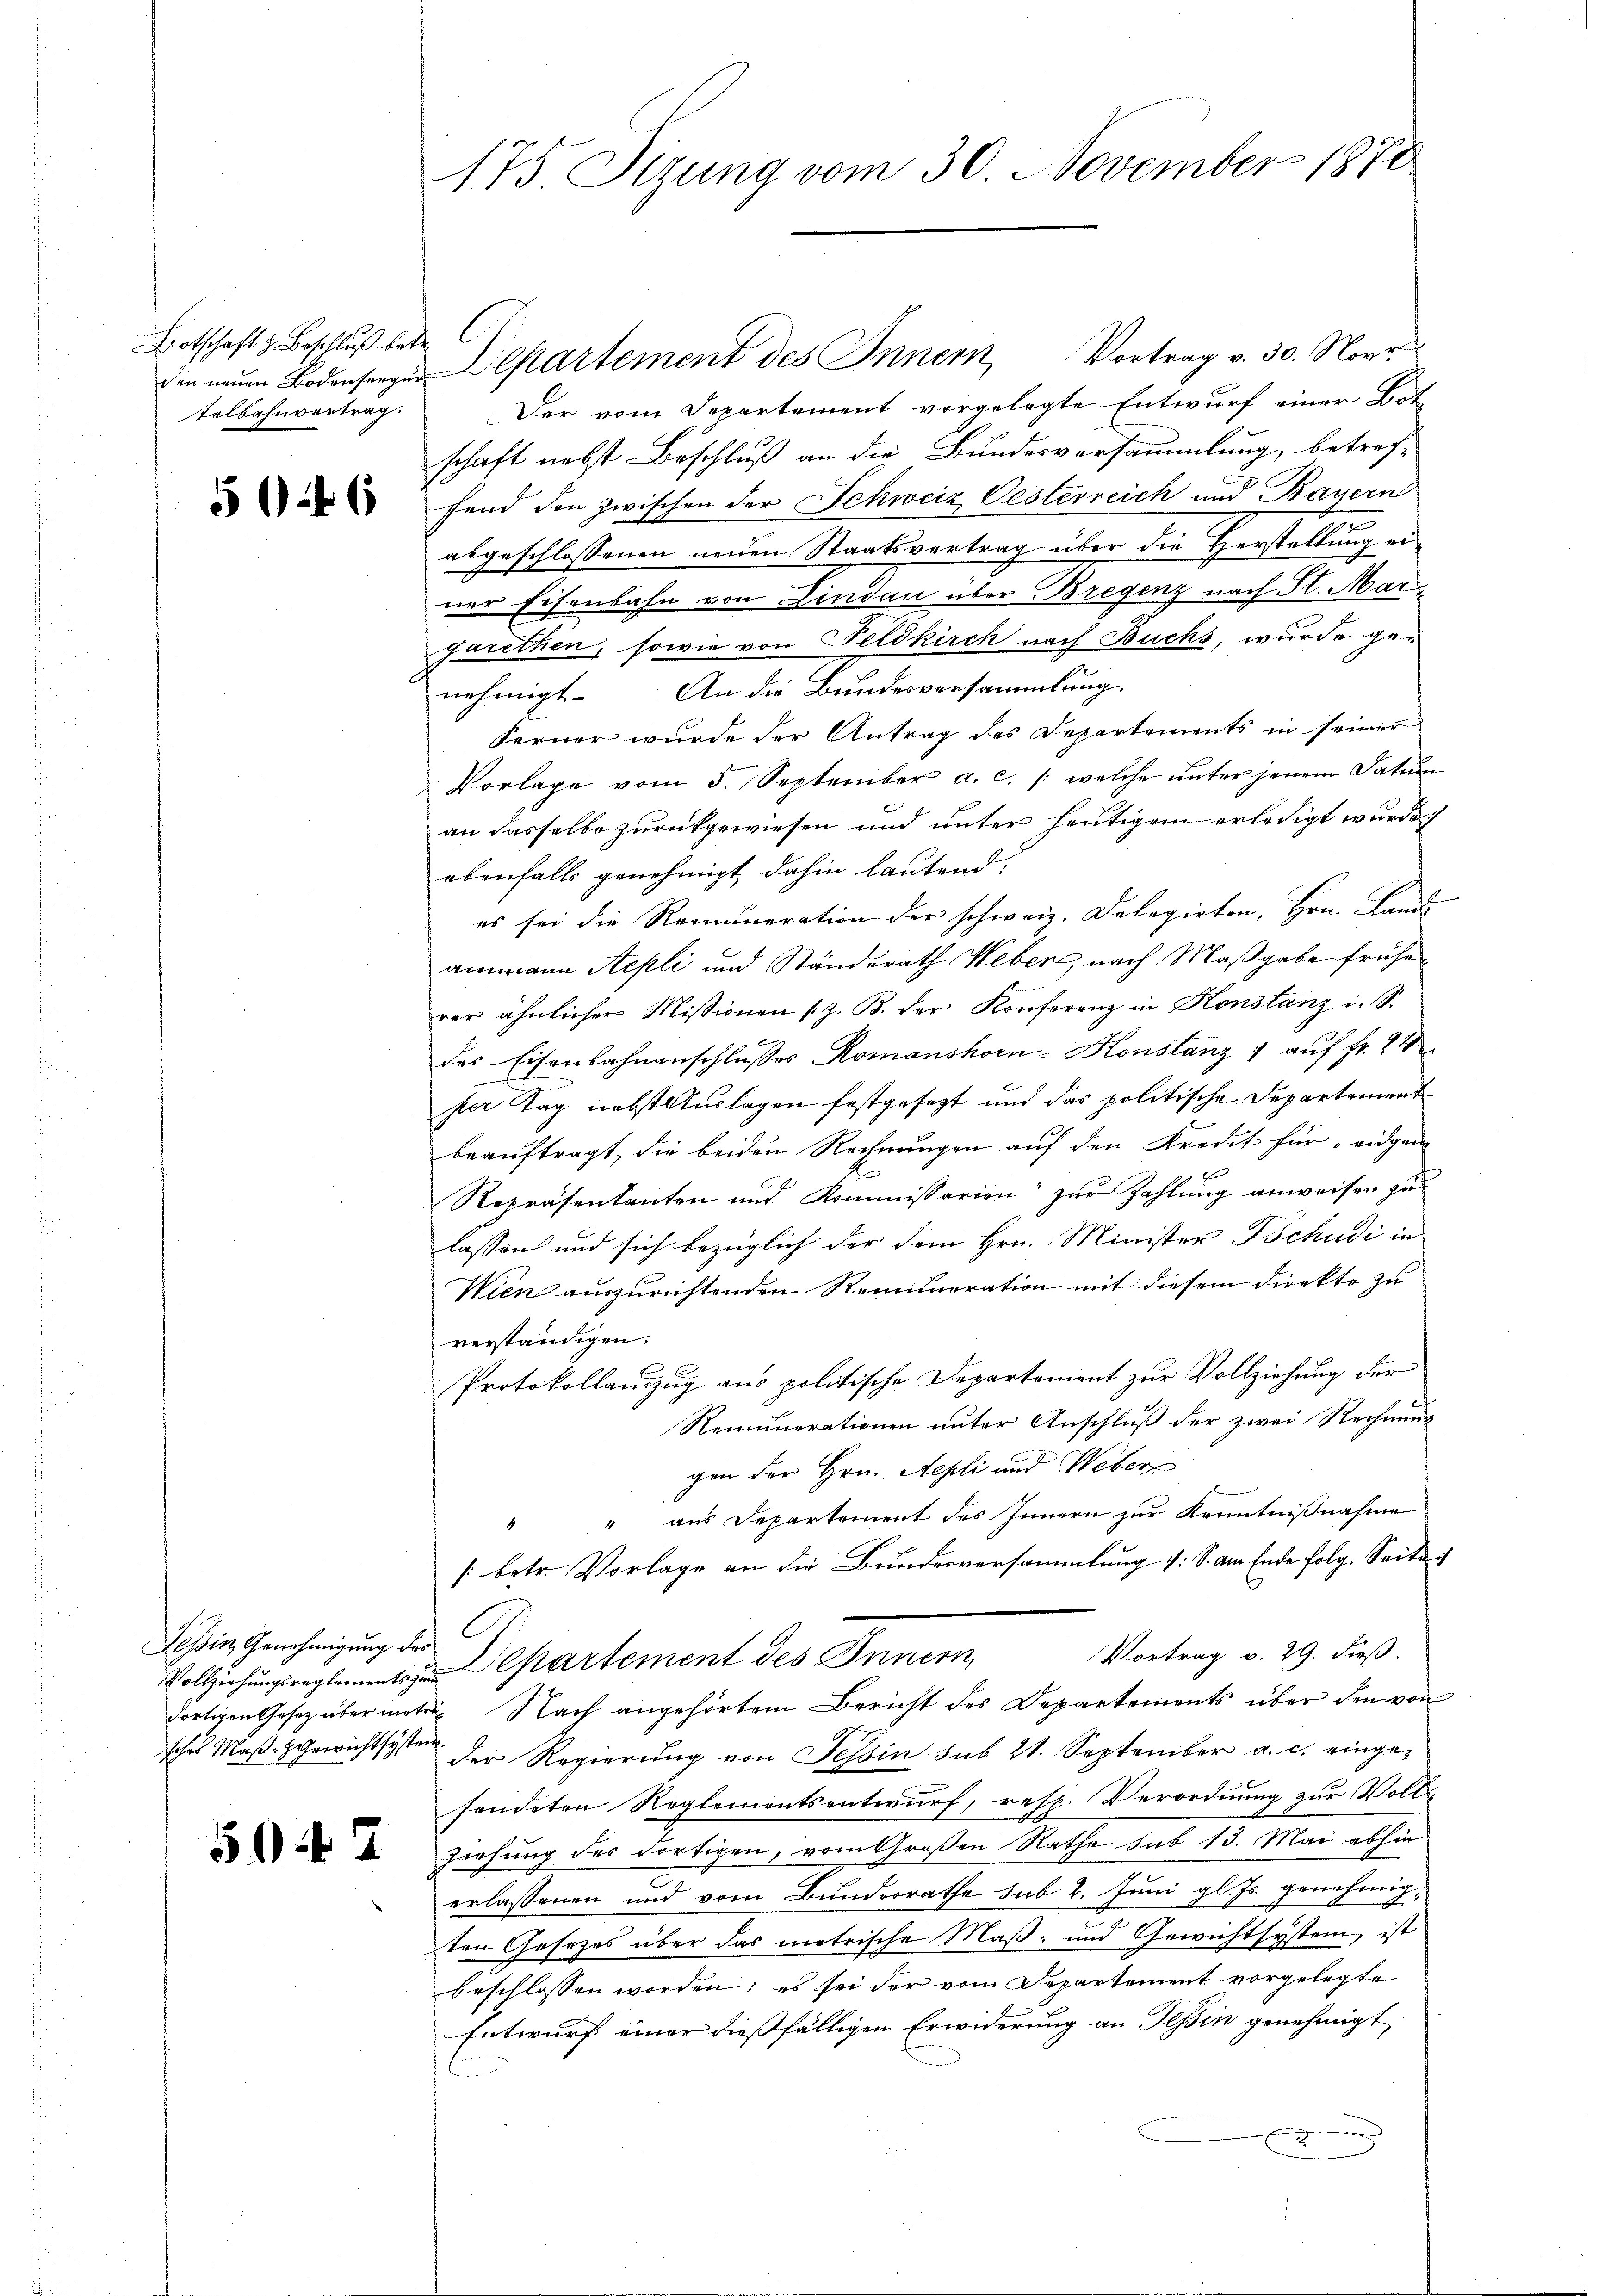
Brotschaft z. Beschluß betr. C
telbahnvertrag.

526

Tessin, Genehmigung des

597

175 Sizung vom 30. November 1870

den neuen Bodenseegen Departement des Innern, Vortrag v. 30. Nove
Der vom Departement vorgelegte Entwurf einer Botschaft nebst Beschluß an die Bundesversammlung, betreffend den zwischen der Schweiz Oesterreich und Bayern
abgeschlossenen neuen Staatsvertrag über die Horstellung einer Eisenbahn von Lindau über Bregenz nach St. Mar
garethen, sowie von Feldkirch nach Buchs, wurde genehmigt. An die Bundesversammlung.
Ferner wurde der Antrag des Departements in seiner
Vorlage vom 5. September a. c. /: welche unter jenem Datum
an dasselbe zurückgewiesen und unter heutigen erledigt wurde
ebenfalls genehmigt, dahin lautend:
es sei die Remuneration der schweiz. Delegirten, Hrn. Land
ammann Sepli und Ständerath Weber, nach Maßgabe frühe
rer ähnlicher Missionen (z. B. der Konferenz in Konstanz i. S.
des Eisenbahnanschlusses Romanshorn-Konstanz 1 auf fr. 21
her Tag nebst Auslagen festgesezt und das politische Departement
beauftragt, die beiden Rechnungen auf den Kredit für eidgen
Repräsentanten und Kommissarien zur Zahlung anweisen zu
lassen und sich bezüglich der dem Hrn. Minister Tschudi in
Wien auszurichtenden Remuneration mit diesem Direkto zu
verständigen.
Protokollauszug aus politische Departement zur Vollziehung der
Remunerationen unter Anschluß der zwei Rechnung
gen der Hrn. Aepli und Weber
" aus Departement des Innern zur Kenntnißnahme
[betr. Vorlage an die Bundesversammlung (: S. Am Ende folg. Seite
Vortrag v. 29. dieß.
Vollziehŭngsreglements Departement des Innern,
dortigen Gesetz übermater Nach angehörtem Bericht des Departements über den von
sches Maß. Gewichtssten der Regierung von Tessin sub 21. September a. c. eingesendeten Reglementsentwurf, resp. Verordnung zur Voll¬
Ziehung des dortigen, vom Großen Rathe sub 13. Mai abhin
erlassenen und vom Bunderrathe sub 2. Juni gl. Js. genehmig,
ten Gesezes über das metrische Maß- und Gewichtsystem, ist
beschlossen worden; es sei der vom Departement vorgelegte
Entwurf einer dießfälligen Erwiderung an Tessin genehmigt